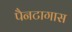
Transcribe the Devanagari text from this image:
पैनटागास